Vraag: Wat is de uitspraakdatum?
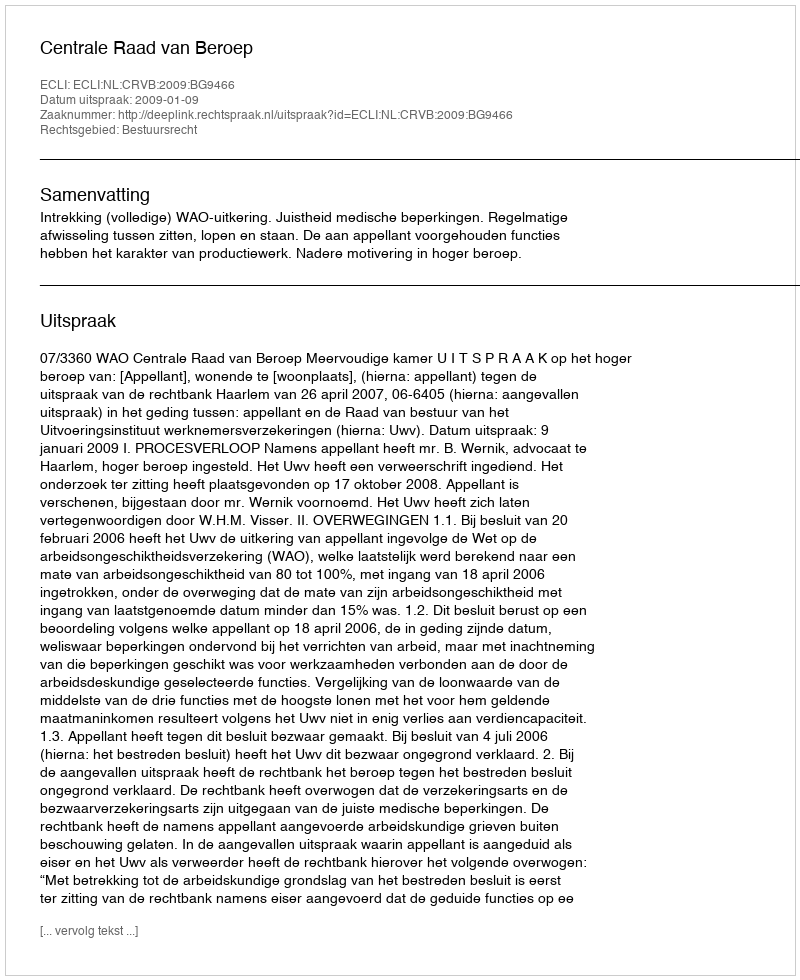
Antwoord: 2009-01-09